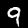
Digit: 9